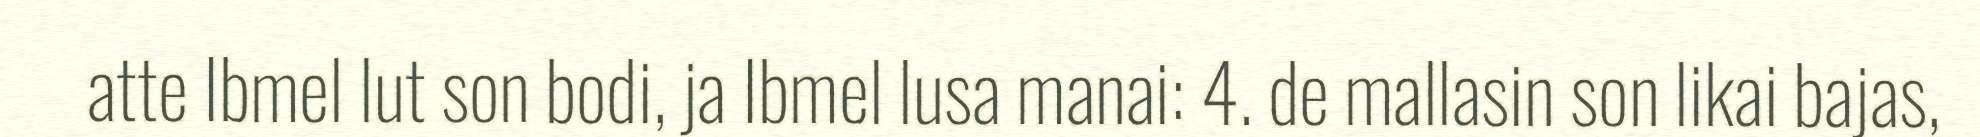
atte Ibmel lut son bodi, ja Ibmel lusa manai: 4. de mallasin son likai bajas,